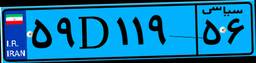
۳۰D۳۷۵۴۹